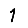
Digit: 1